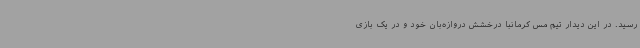
رسید. در این دیدار تیم مس کرمانبا درخشش دروازه‌بان خود و در یک بازی